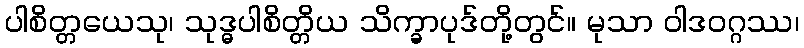
ပါစိတ္တယေသု၊ သုဒ္ဓပါစိတ္တိယ သိက္ခာပုဒ်တို့တွင်။ မုသာ ဝါဒဝဂ္ဂဿ၊